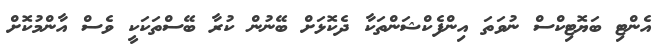
އެންޓި ބަޔޮޓިކްސް ނުވަތަ އިންފެކްޝަންތަކާ ދެކޮޅަށް ބޭނުން ކުރާ ބޭސްތަކަކީ ވެސް އާންމުކޮށް